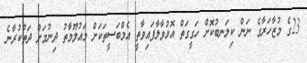
23ގެ މުޒާހަރާގެ ނަން ކިލަނބުކޮށް ހަގީގަތް އޮޅުވާލާފައިވާތީ އެމްބަސީތަކަށް މައުލޫމާތު ދިނުމަށް ދަތުކުރާނެ